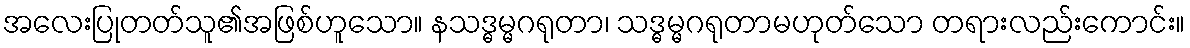
အလေးပြုတတ်သူ၏အဖြစ်ဟူသော။ နသဒ္ဓမ္မဂရုတာ၊ သဒ္ဓမ္မဂရုတာမဟုတ်သော တရားလည်းကောင်း။